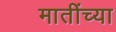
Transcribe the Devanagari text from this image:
मातींच्या